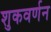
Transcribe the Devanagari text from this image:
शुकवर्णन